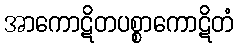
အာကောဋိတပစ္စာကောဋိတံ